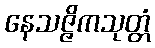
နေသဇ္ဇိကသုတ္တံ